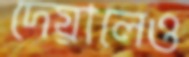
দেয়ালেও